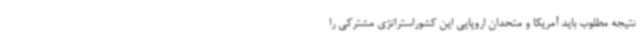
نتیجه مطلوب باید آمریکا و متحدان اروپایی این کشوراستراتژی مشترکی را